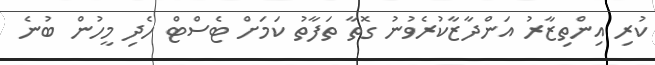
ކުރި އިންތިޒާރު އަންދާޒާކުރެވުނު ގޮތާ ތަފާތު ކަމަށް ޓެސްޓް ހެދި މީހުން ބުނެ